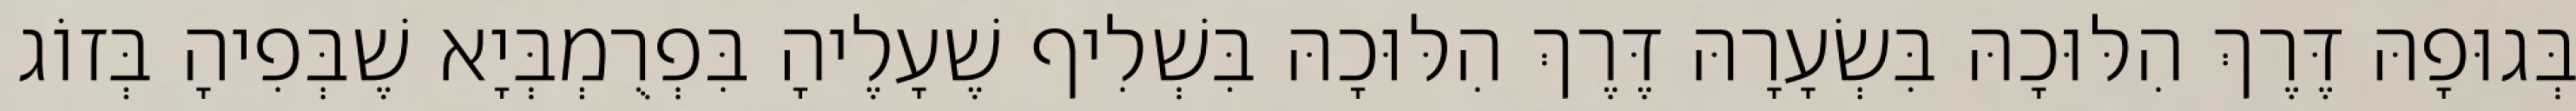
בְּגוּפָהּ דֶּרֶךְ הִלּוּכָהּ בִּשְׂעָרָהּ דֶּרֶךְ הִלּוּכָהּ בִּשְׁלִיף שֶׁעָלֶיהָ בִּפְרֻמְבְּיָא שֶׁבְּפִיהָ בְּזוֹג